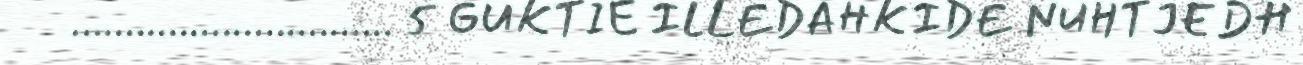
.............................. 5 GUKTIE ILLEDAHKIDE NUHTJEDH